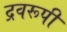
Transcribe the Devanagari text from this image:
द्रवरूपी